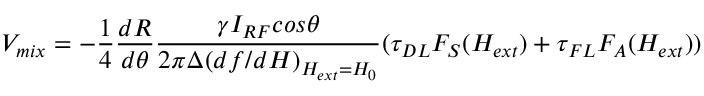
V _ { m i x } = - \frac { 1 } { 4 } \frac { d R } { d \theta } \frac { \gamma I _ { R F } c o s \theta } { 2 \pi \Delta ( d f / d H ) _ { H _ { e x t } = H _ { 0 } } } ( \tau _ { D L } F _ { S } ( H _ { e x t } ) + \tau _ { F L } F _ { A } ( H _ { e x t } ) )